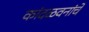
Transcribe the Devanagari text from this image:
कांदळवनांचे